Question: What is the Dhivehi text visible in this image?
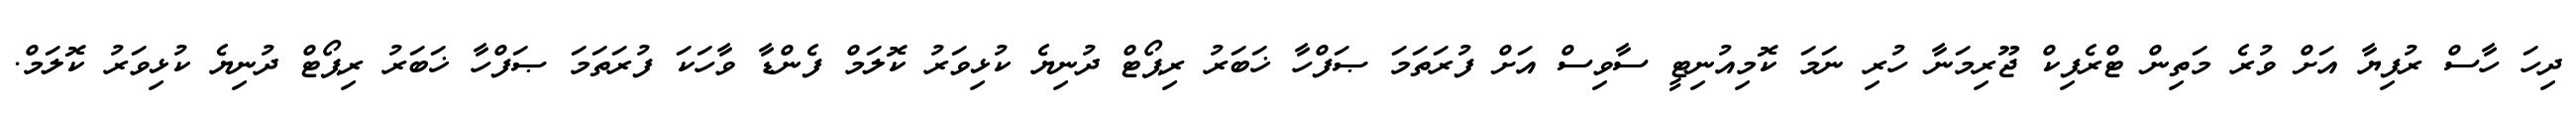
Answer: ދިހަ ހާސް ރުފިޔާ އަށް ވުރެ މަތިން ޓްރެފިކް ޖޫރިމަނާ ހުރި ނަމަ ކޮމިއުނިޓީ ސާވިސް އަށް ފުރަތަމަ ޞަފްހާ ޚަބަރު ރިޕޯޓް ދުނިޔެ ކުޅިވަރު ކޮލަމް ފެންޑާ ވާހަކަ ފުރަތަމަ ޞަފްހާ ޚަބަރު ރިޕޯޓް ދުނިޔެ ކުޅިވަރު ކޮލަމް.